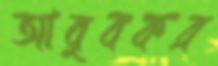
আবুবকর